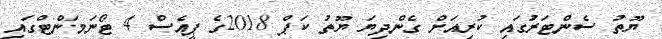
ޔޫތު ސެންޓަރުގައި ކުރިއަށް ގެންދިޔަ ޔޫތު ކަޕް 2018ގެ ޕީއެސް 4 ޓޯނަމަންޓްގައި